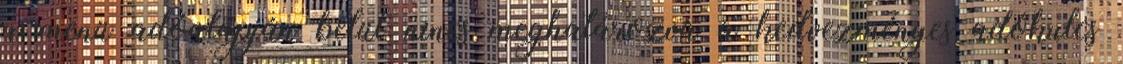
a menü adóalapján belül nincs meghatározva a kedvezményes adókulcs